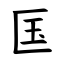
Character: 匤